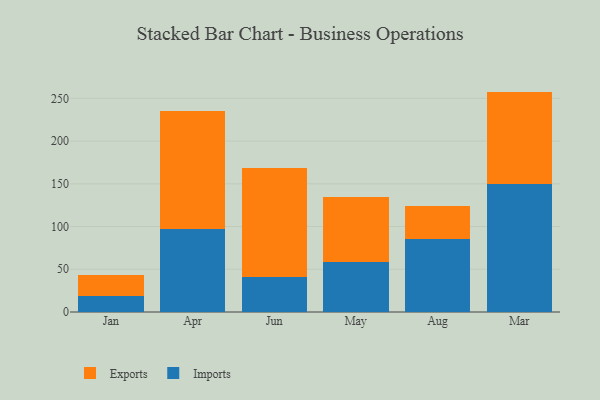
{"axis": {"x": "Month", "y": "Customer Acquisition Cost (USD)"}, "legend": ["Exports", "Imports"], "data": [{"x": "Jan", "y": 18.9, "type": "Imports"}, {"x": "Jan", "y": 24.0, "type": "Exports"}, {"x": "Apr", "y": 97.1, "type": "Imports"}, {"x": "Apr", "y": 138.5, "type": "Exports"}, {"x": "Jun", "y": 41.3, "type": "Imports"}, {"x": "Jun", "y": 127.0, "type": "Exports"}, {"x": "May", "y": 59.0, "type": "Imports"}, {"x": "May", "y": 75.9, "type": "Exports"}, {"x": "Aug", "y": 85.9, "type": "Imports"}, {"x": "Aug", "y": 37.8, "type": "Exports"}, {"x": "Mar", "y": 149.7, "type": "Imports"}, {"x": "Mar", "y": 108.2, "type": "Exports"}]}